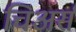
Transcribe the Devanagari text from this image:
चिअर्स